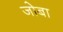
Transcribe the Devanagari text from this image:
जोबा